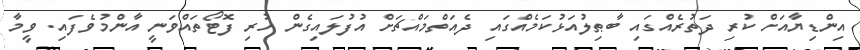
އިންޑިޔާއަށް ކުރި ދަތުރެއްގައި ބާޠިލުއަޅުކަމެއްގައި ދެއަތްމައްޗަށް އުފުލައިގެން ހުރި ފޮޓޯތައްވަނީ އާންމުވެފައި. ވީމާ